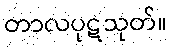
တာလပုဋသုတ်။